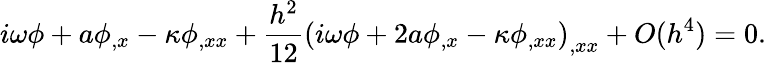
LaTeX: i\omega\phi+a\phi_{,x}-\kappa\phi_{,xx}+\frac{h^{2}}{12}\left(i\omega\phi+2a\phi_{,x}-\kappa\phi_{,xx}\right)_{,xx}+O(h^{4})=0.